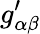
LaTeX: g_{\alpha\beta}^{\prime}